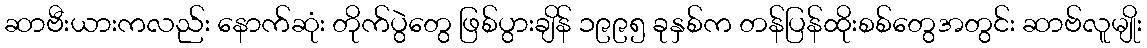
ဆာဗီးယားကလည်း နောက်ဆုံး တိုက်ပွဲတွေ ဖြစ်ပွားချိန် ၁၉၉၅ ခုနှစ်က တန်ပြန်ထိုးစစ်တွေအတွင်း ဆာဗ်လူမျိုး